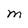
Character: M